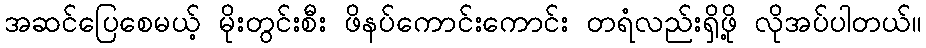
အဆင်ပြေစေမယ့် မိုးတွင်းစီး ဖိနပ်ကောင်းကောင်း တရံလည်းရှိဖို့ လိုအပ်ပါတယ်။